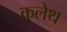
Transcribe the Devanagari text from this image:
कुलेथ